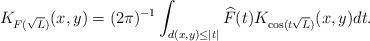
LaTeX: \begin{align*}K_{F(\sqrt{L})}(x,y)=(2\pi)^{-1} \int_{d(x,y)\leq |t|}\widehat{F}(t)K_{\cos(t\sqrt{L})}(x,y)dt.\end{align*}